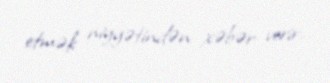
etmək niyyətindən xəbər verir.